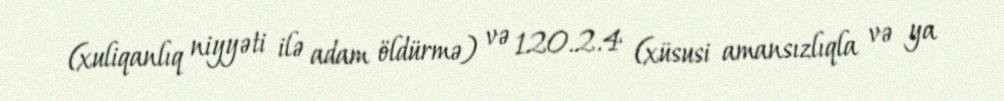
(xuliqanlıq niyyəti ilə adam öldürmə) və 120.2.4 (xüsusi amansızlıqla və ya